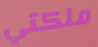
ملكتي